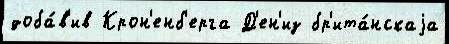
доба́в'ив Крон'енб'ерга Д'ен'из бр'ита́нскаjа